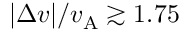
| \Delta v | / v _ { \mathrm { A } } \gtrsim 1 . 7 5